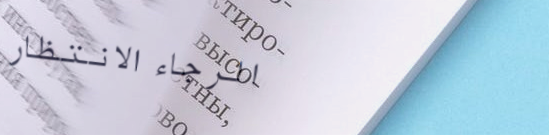
الرجاء الانتظار